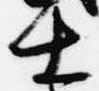
士